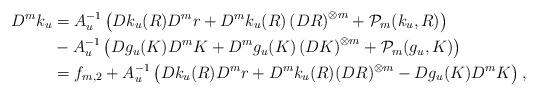
LaTeX: \begin{align*}D^mk_u &= A_u^{-1} \left( Dk_u(R)D^mr+D^mk_u(R)\left(DR \right)^{\otimes m} + \mathcal{P}_m(k_u,R) \right) \\& - A_u^{-1} \left( Dg_u(K{}{})D^mK{}{}+D^mg_u(K{}{})\left(DK{}{} \right)^{\otimes m} + \mathcal{P}_m(g_u,K{}{}) \right) \\&=f_{m,2} + A_u^{-1} \left( Dk_u(R)D^mr + D^mk_u(R) (DR)^{\otimes m} - Dg_u(K{}{})D^mK{}{} \right),\end{align*}